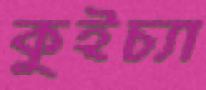
কুইচ্যা